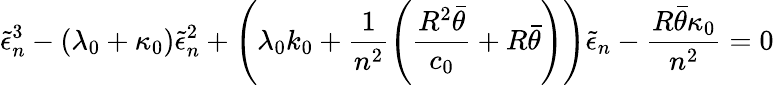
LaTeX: \tilde{\epsilon}_{n}^{3}-(\lambda_{0}+\kappa_{0})\tilde{\epsilon}_{n}^{2}+\left(\lambda_{0}k_{0}+\frac{1}{n^{2}}\left(\frac{R^{2}\bar{\theta}}{c_{0}}+R\bar{\theta}\right)\right)\tilde{\epsilon}_{n}-\frac{R\bar{\theta}\kappa_{0}}{n^{2}}=0